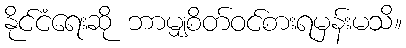
နိုင်ငံရေးဆို ဘာမျှစိတ်ဝင်စားရမှန်းမသိ။